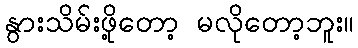
နွားသိမ်းဖို့တော့ မလိုတော့ဘူး။